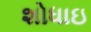
શોધાઇ